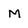
Character: M